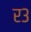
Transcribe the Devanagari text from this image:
र३